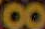
8